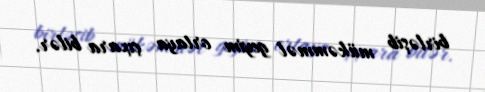
birləşib mükəmməl geyim ortaya çıxara bilər.